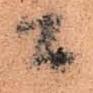
間